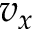
v _ { x }